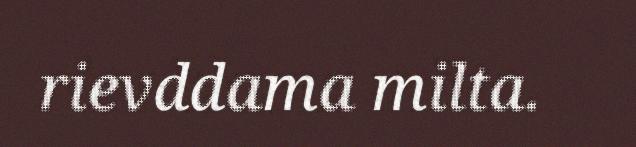
rievddama milta.